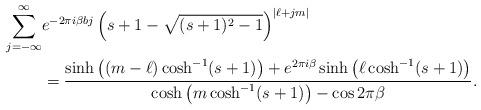
LaTeX: \begin{align*}\sum_{j=-\infty}^{\infty}& e^{-2\pi i \beta b j}\left(s+1-\sqrt{(s+1)^2 -1}\right)^{|\ell+jm|}\\&= \frac{\sinh\left((m-\ell)\cosh^{-1}(s+1)\right)+e^{2\pi i \beta}\sinh\left(\ell\cosh^{-1}(s+1)\right)}{\cosh\left(m\cosh^{-1}(s+1)\right)-\cos2\pi \beta }.\end{align*}